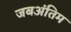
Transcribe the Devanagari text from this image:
जबअंतिम